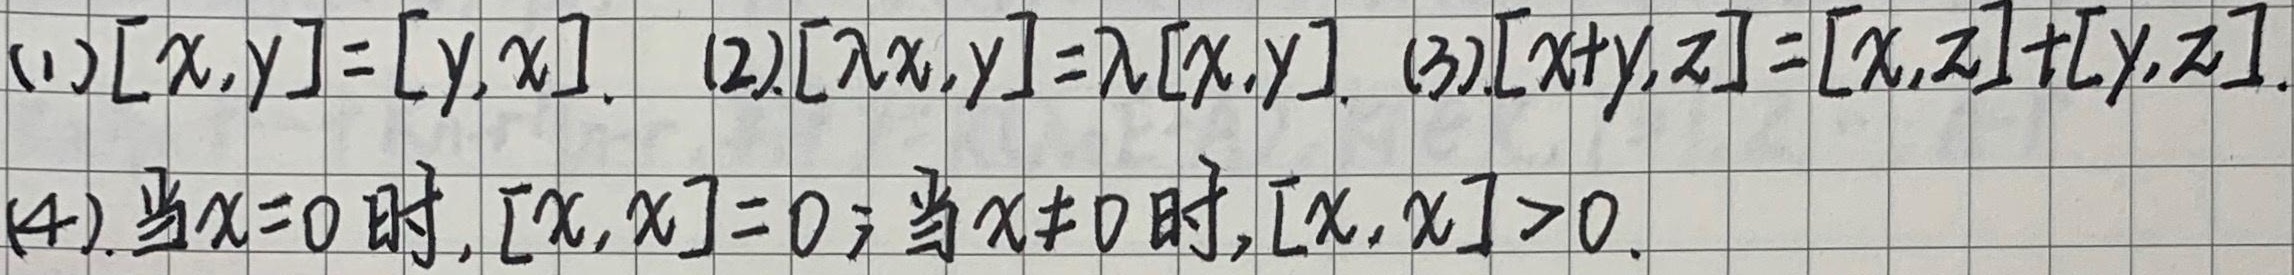
1. \(\textcircled{1}[x,y]=[y,x]\)。
2. \(\textcircled{2}[\lambda x,y]=\lambda[x,y]\)。
3. \(\textcircled{3}[x + y,z]=[x,z]+[y,z]\)。
4. 当\(x = 0\)时，\([x,x]=0\)；当\(x\neq0\)时，\([x,x]>0\)。